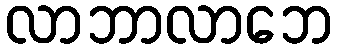
လာဘာလာဘေ